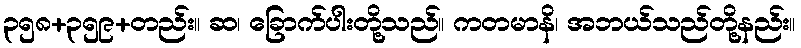
၃၅၈+၃၅၉+တည်း။ ဆ၊ ခြောက်ပါးတို့သည်။ ကတမာနိ၊ အဘယ်သည်တို့နည်း။